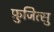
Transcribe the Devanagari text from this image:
फ़ुजित्सु